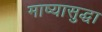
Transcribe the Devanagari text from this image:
माष्यासुद्धा